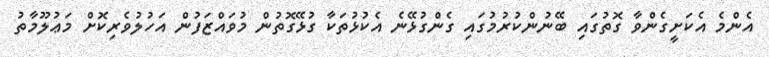
އެންމެ އެކަށީގެންވާ ގޮތުގައި ބޭނުންކުރުމުގައި ގެންގުޅޭނެ އެކުޅުތަކާ ގުޅޭގޮތުން މުވައްޒަފުން އަހުލުވެރިކޮށް މަޢުލޫމާތު